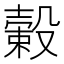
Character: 𣚯